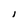
Character: l